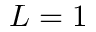
L = 1